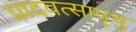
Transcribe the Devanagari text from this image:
प्रादवत्सापृथु